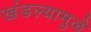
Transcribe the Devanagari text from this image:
खंडल्यामुळे